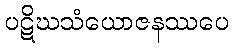
ပဋိဃသံယောဇနဿပေ